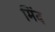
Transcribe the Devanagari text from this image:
मिंद